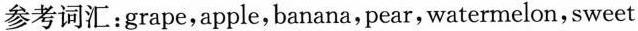
参考词汇：grape，apple，banana，pear，watermelon，sweet